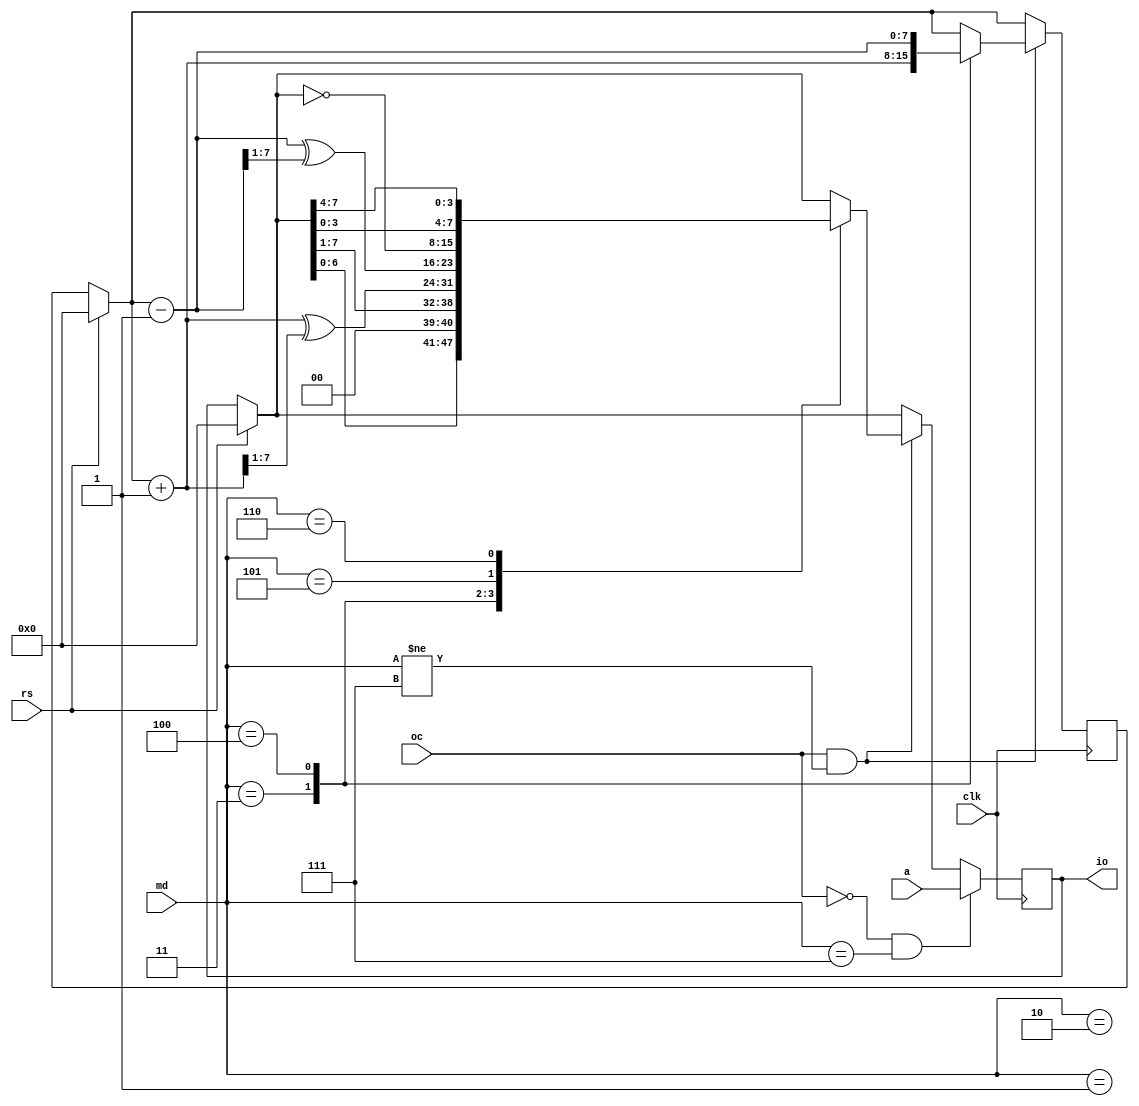
`timescale 1ns / 1ps
//////////////////////////////////////////////////////////////////////////////////
// Company: 
// Engineer: 
// 
// Design Name: 
// Module Name: q7
// Project Name: 
// Target Devices: 
// Tool Versions: 
// Description: 
// 
// Dependencies: 
// 
// Revision:
// Revision 0.01 - File Created
// Additional Comments:
// 
//////////////////////////////////////////////////////////////////////////////////


module q7(rs,oc,md,io,clk,a);
input rs;   //reset
input oc;   //output control
input clk;  //clock
input [2:0]md;  //select
output [7:0]io; //outputs
input [7:0]a;   //loading input
reg [7:0]io;
reg [7:0]q1;
reg [7:0]q2;
always@(posedge clk )
begin
if(rs==1'b1)   begin
               io=8'b00000000; //reset all to 0
               q1=8'b00000000;
               q2=8'b00000000;
               end

if(oc==1'b1 && md!=3'b111)
begin
case(md)
3'b001: io=io<<1; //left shift
3'b010: io=io>>1;   //right shift
3'b011: begin
        q2=q2+1;    //count in binary
        q1=q2>>1;   //convert to gray code
        io=q2^q1;
        end
3'b100: begin
         q2=q2-1;   //count in binary
         q1=q2>>1;  //convert to gray code
         io=q2^q1;
        end

3'b101: io=~io; //complement the bits
3'b110: io={io[3:0],io[7:4]};   //swap first and last 4 bits

endcase
end
if(oc ==1'b0 && md==3'b111)
io=a;
end
endmodule